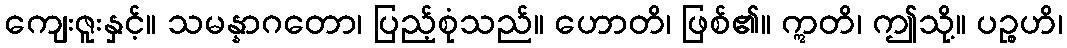
ကျေးဇူးနှင့်။ သမန္နာဂတော၊ ပြည့်စုံသည်။ ဟောတိ၊ ဖြစ်၏။ ဣတိ၊ ဤသို့။ ပဉ္စဟိ၊